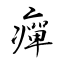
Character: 癉